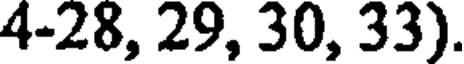
4-28, 29, 30, 33).